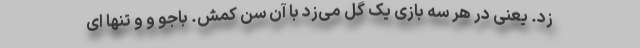
زد. یعنی در هر سه بازی یک گل می‌زد با آن سن کمش. باجو و و تنها ای